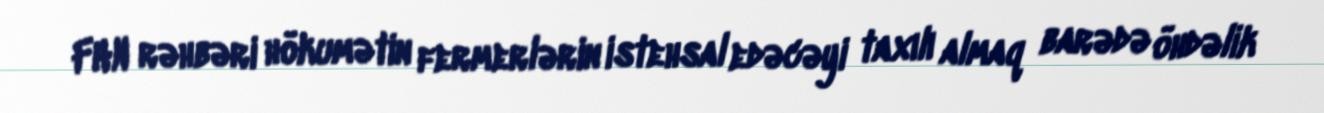
FHN rəhbəri hökumətin fermerlərin istehsal edəcəyi taxılı almaq barədə öhdəlik